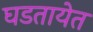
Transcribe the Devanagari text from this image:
घडतायेत